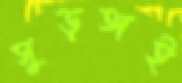
সুড়ঙ্গই